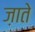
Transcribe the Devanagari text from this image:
ज़ाते